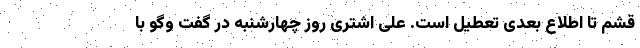
قشم تا اطلاع بعدی تعطیل است. علی اشتری روز چهارشنبه در گفت وگو با